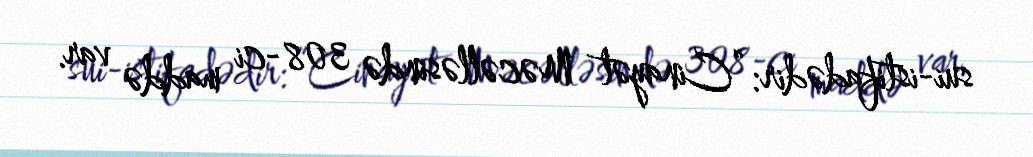
sui-istifadədir: “Cinayət Məcəlləsində 308-ci maddə var.